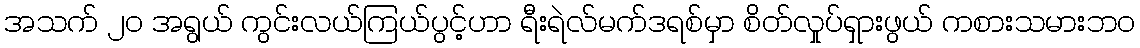
အသက် ၂၀ အရွယ် ကွင်းလယ်ကြယ်ပွင့်ဟာ ရီးရဲလ်မက်ဒရစ်မှာ စိတ်လှုပ်ရှားဖွယ် ကစားသမားဘဝ